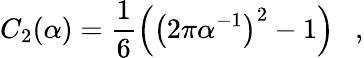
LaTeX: C_{2}(\alpha)=\frac 16\left(\left(2\pi\alpha^{-1}\right)^{2}-1\right)~~~,